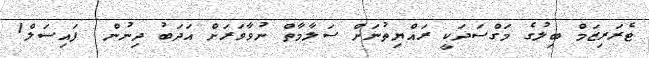
ޓެރަރިޒަމް ބިލުގެ މަގްސަދަކީ ރައްޔިތުނަށް ސަލާމާތް ނުވާވަރަށް އަދަބު ދިނުން  ފައިސަލް1